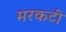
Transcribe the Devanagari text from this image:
मरकटी